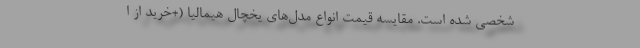
شخصی شده است. مقایسه قیمت انواع مدل‌های یخچال هیمالیا (+خرید از ا